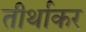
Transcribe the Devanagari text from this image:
तीर्थाकर